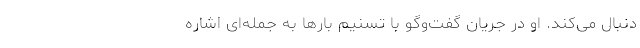
دنبال می‌کند. او در جریان گفت‌وگو با تسنیم بارها به جمله‌ای اشاره